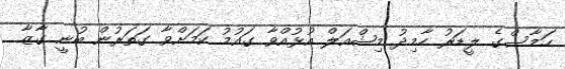
ހަމާސްގެ ލީޑަރު ހާމިދު މިޝްއަލް އުޅުއްވާ ގައުމު ކަމަށްވާ ގަތަރުން ބުނީ ގާޒާ